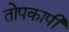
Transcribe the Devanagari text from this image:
तोपकापी